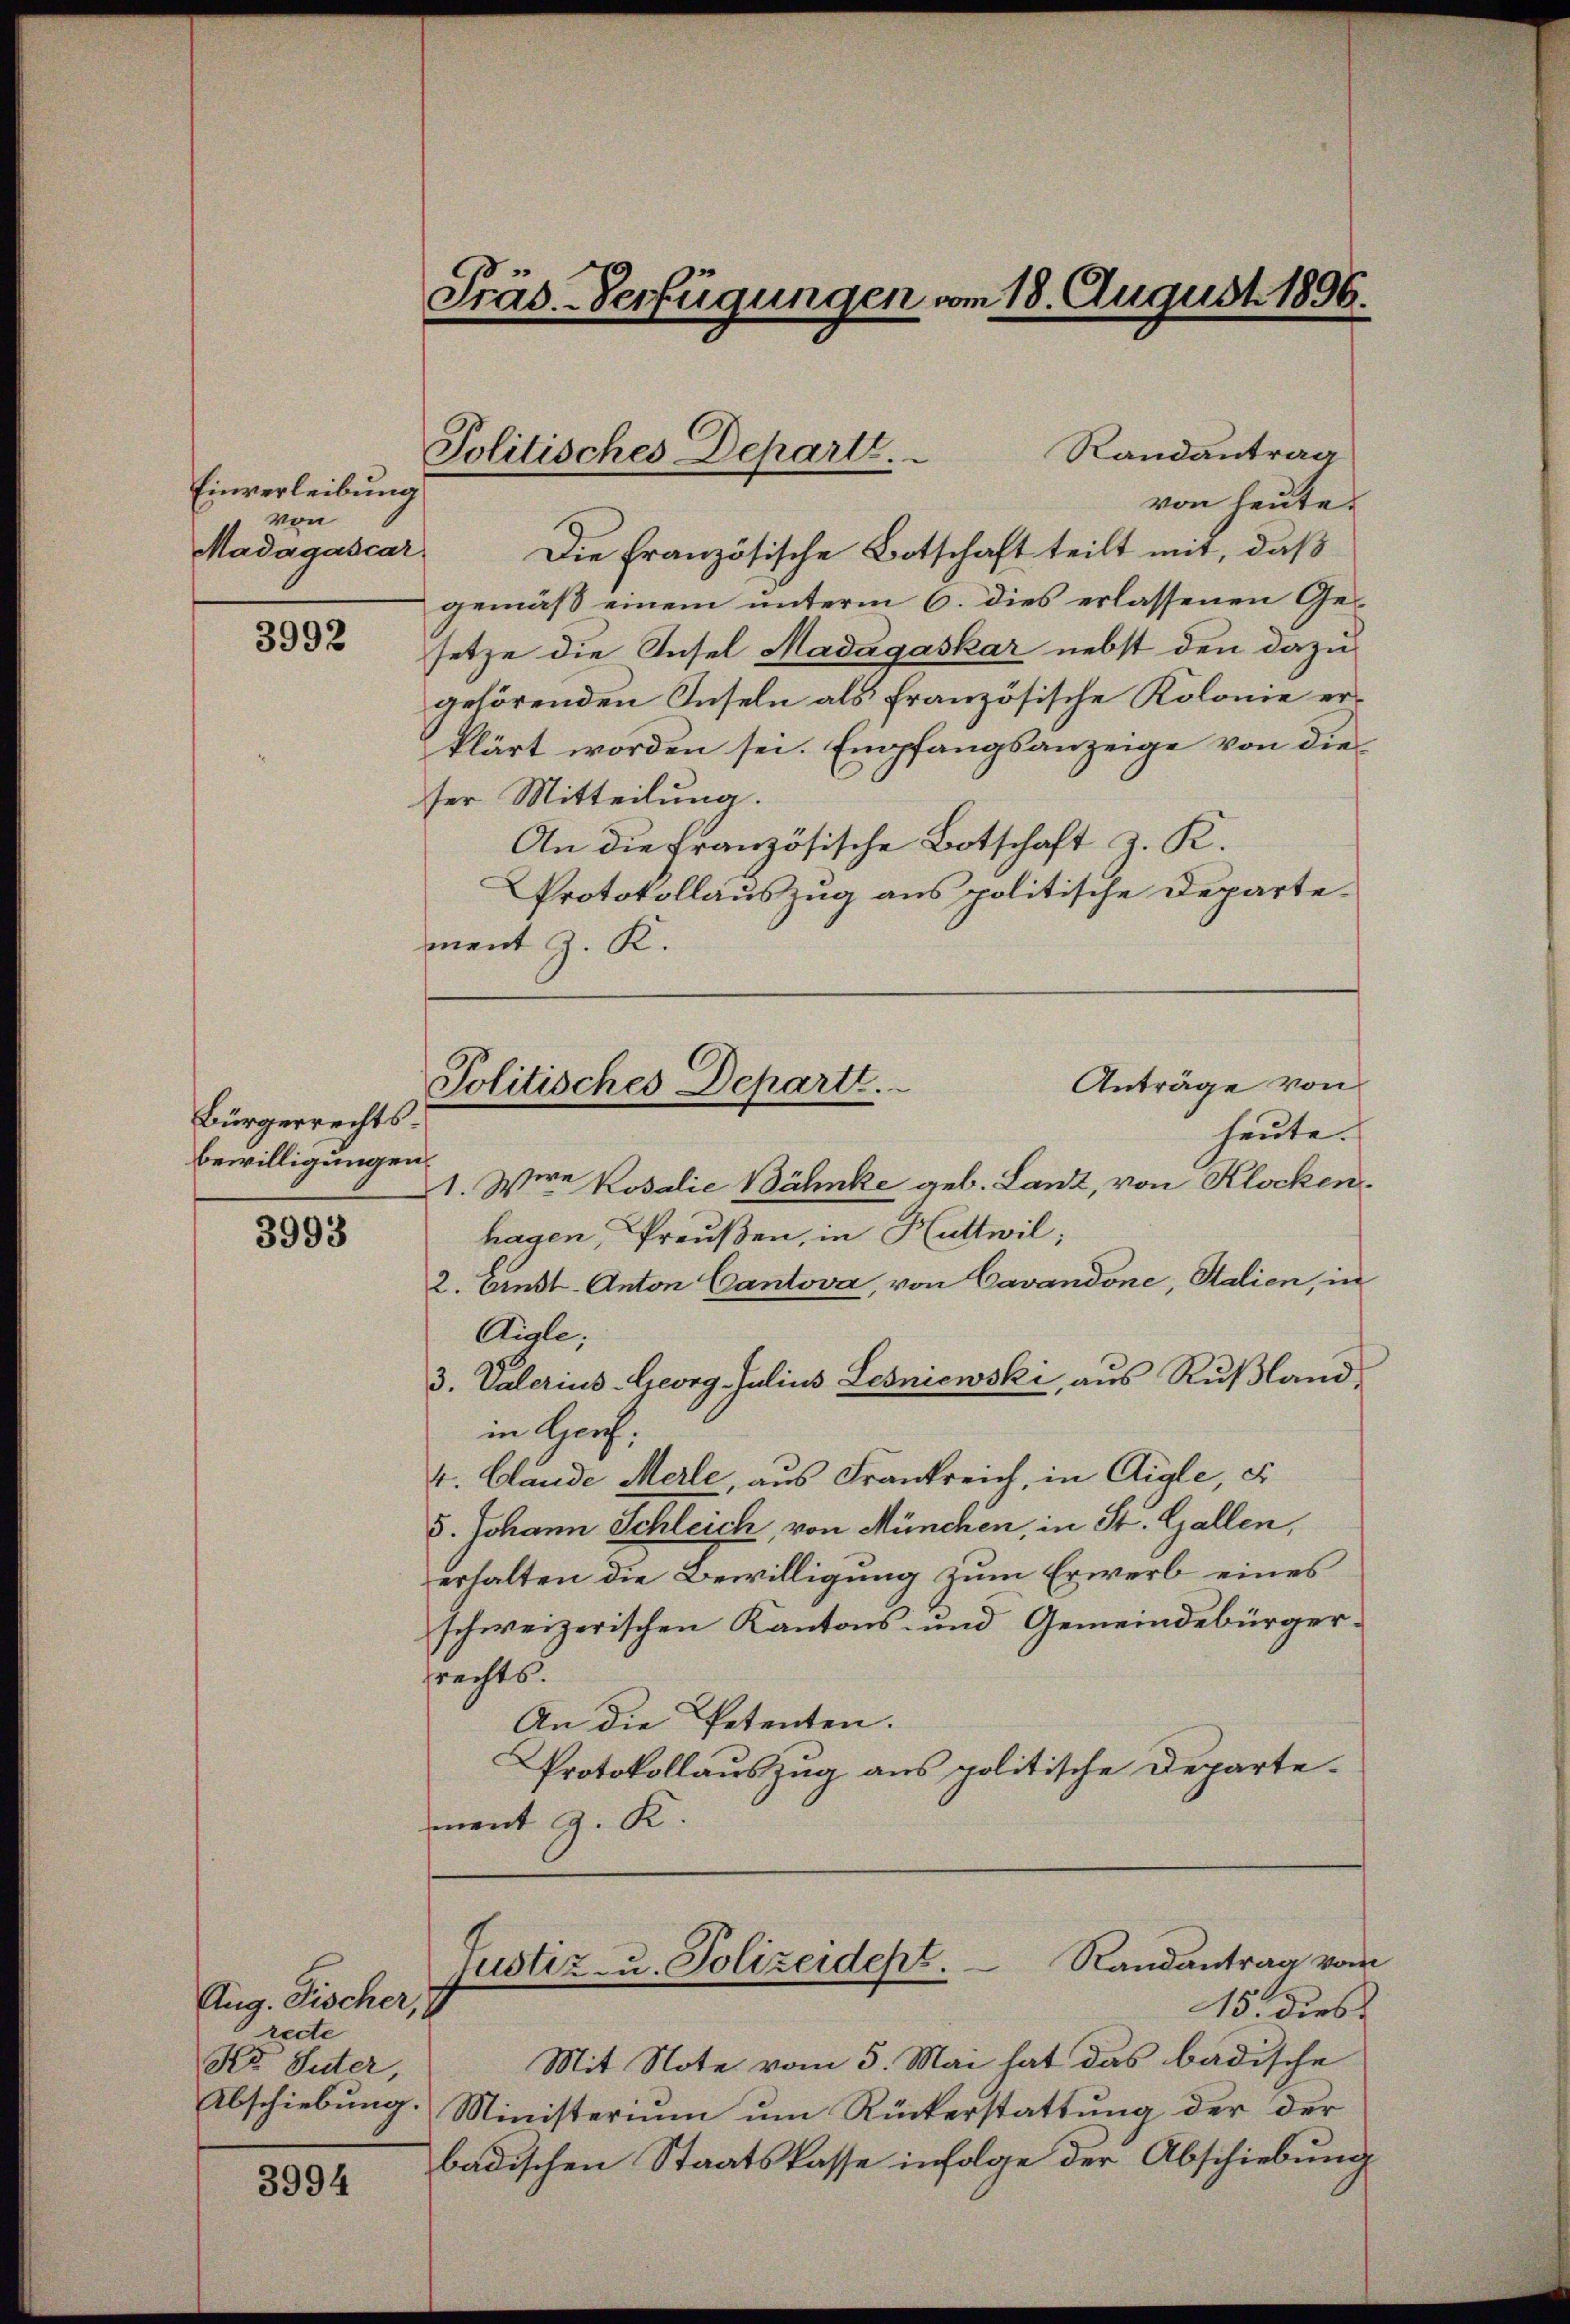
Einverleibung
von
Madagascar

3992

3993

3994

Bürgerrechtsbewilligungen.

Präs.-Verfügungen vom 18. August 1896.

Aug. Fischer,
recte
Ko Suter,

Politisches Depart.

Politisches Departe.

Randantrag
von heute.
Die Französische Botschaft teilt mit, daß
gemäß einem unterm 6. dies erlassenen Gesetze die Insel Madagaskar nebst den dazu
gehörenden Inseln als französische Kolonie erklärt worden sei. Empfangsanzeige von die
ser Mitteilung.
An die Französische Botschaft z. K.
Protokollauszug aus politische Departement z. K.
Anträge von
heute.
1. Wire Rosalie Bähnke geb. Lanz, von Klocken.
hagen, Preußen, in Huttwil;
2. Einst. Anton Cantova, von Cavandone, Salien, in
Aigle;
3. Vaterius Georg Julius Lesniewski, aus Rußland,
in Genf;
4. Clände Merle, aus Frankreich, in Aigle, c
5. Johann Schleich, von München, in St. Gallen,
erhalten die Bewilligung zum Erwerb eines
schweizerischen Kantons- und Gemeindebürger.
srechts.
An die Petenten.
Protokollauszug aus politische Departement z. K.

Mit Note vom 5. Mai hat das badische
Abschiebung. Ministerium um Rückerstattung der der
badischen Staatskasse infolge der Abschiebung

Randantrag vom
Justiz- u. Polizeidept.
15. dies